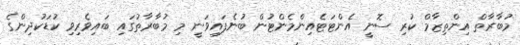
މުބާރާތް އިންތިޒާމް ކުރި ސޮނީ އެންޓަޓެއިންމެންޓުން ބުނެފައިވަނީ މި މުބާރާތުގައި ބައިވެރިވި ކުޑަކުދިންގެ